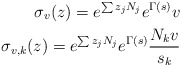
\begin{align*}\sigma_v(z) = e^{\sum z_j N_j} e^{\Gamma(s)} v \\\sigma_{v,k}(z) = e^{\sum z_j N_j} e^{\Gamma(s)} \frac{N_k v}{s_k}\end{align*}